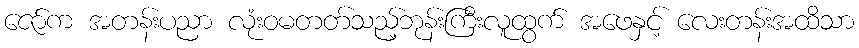
ဇော်က အတန်းပညာ လုံးဝမတတ်သည့်ဘုန်းကြီးလူထွက် အဖေနှင့် လေးတန်းအထိသာ